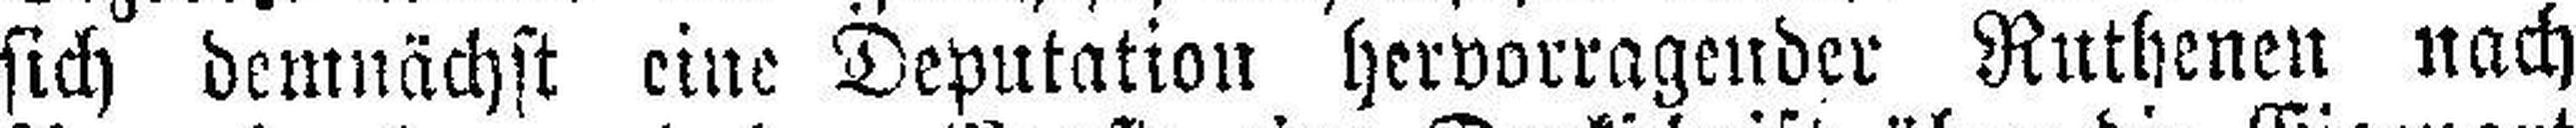
sich demnächst eine Deputation hervorragender Ruthenen nach